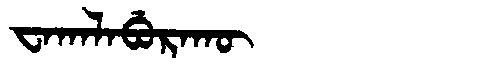
Manchu: ᠸᠠᡴᠠᠯᠠᠪᡠᡵᠠᡴᡡ
Romanization: WAKALABURAKŪ